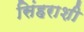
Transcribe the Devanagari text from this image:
सिंहराशी